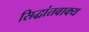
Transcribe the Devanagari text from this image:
सिद्धांतवाक्य